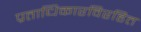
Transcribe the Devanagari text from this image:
प्रताधिकारविरहित